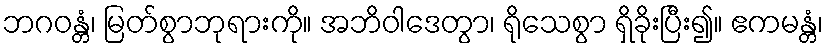
ဘဂဝန္တံ၊ မြတ်စွာဘုရားကို။ အဘိဝါဒေတွာ၊ ရိုသေစွာ ရှိခိုးပြီး၍။ ဧကမန္တံ၊